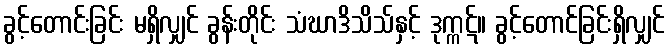
ခွင့်တောင်းခြင်း မရှိလျှင် ခွန်းတိုင်း သံဃာဒိသိသ်နှင့် ဒုက္ကဋ်။ ခွင့်တောင်ခြင်းရှိလျှင်